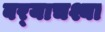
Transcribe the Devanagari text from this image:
बर्‍याचश्या